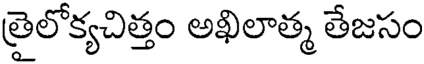
త్రైలోక్యచిత్తం అఖిలాత్మ తేజసం